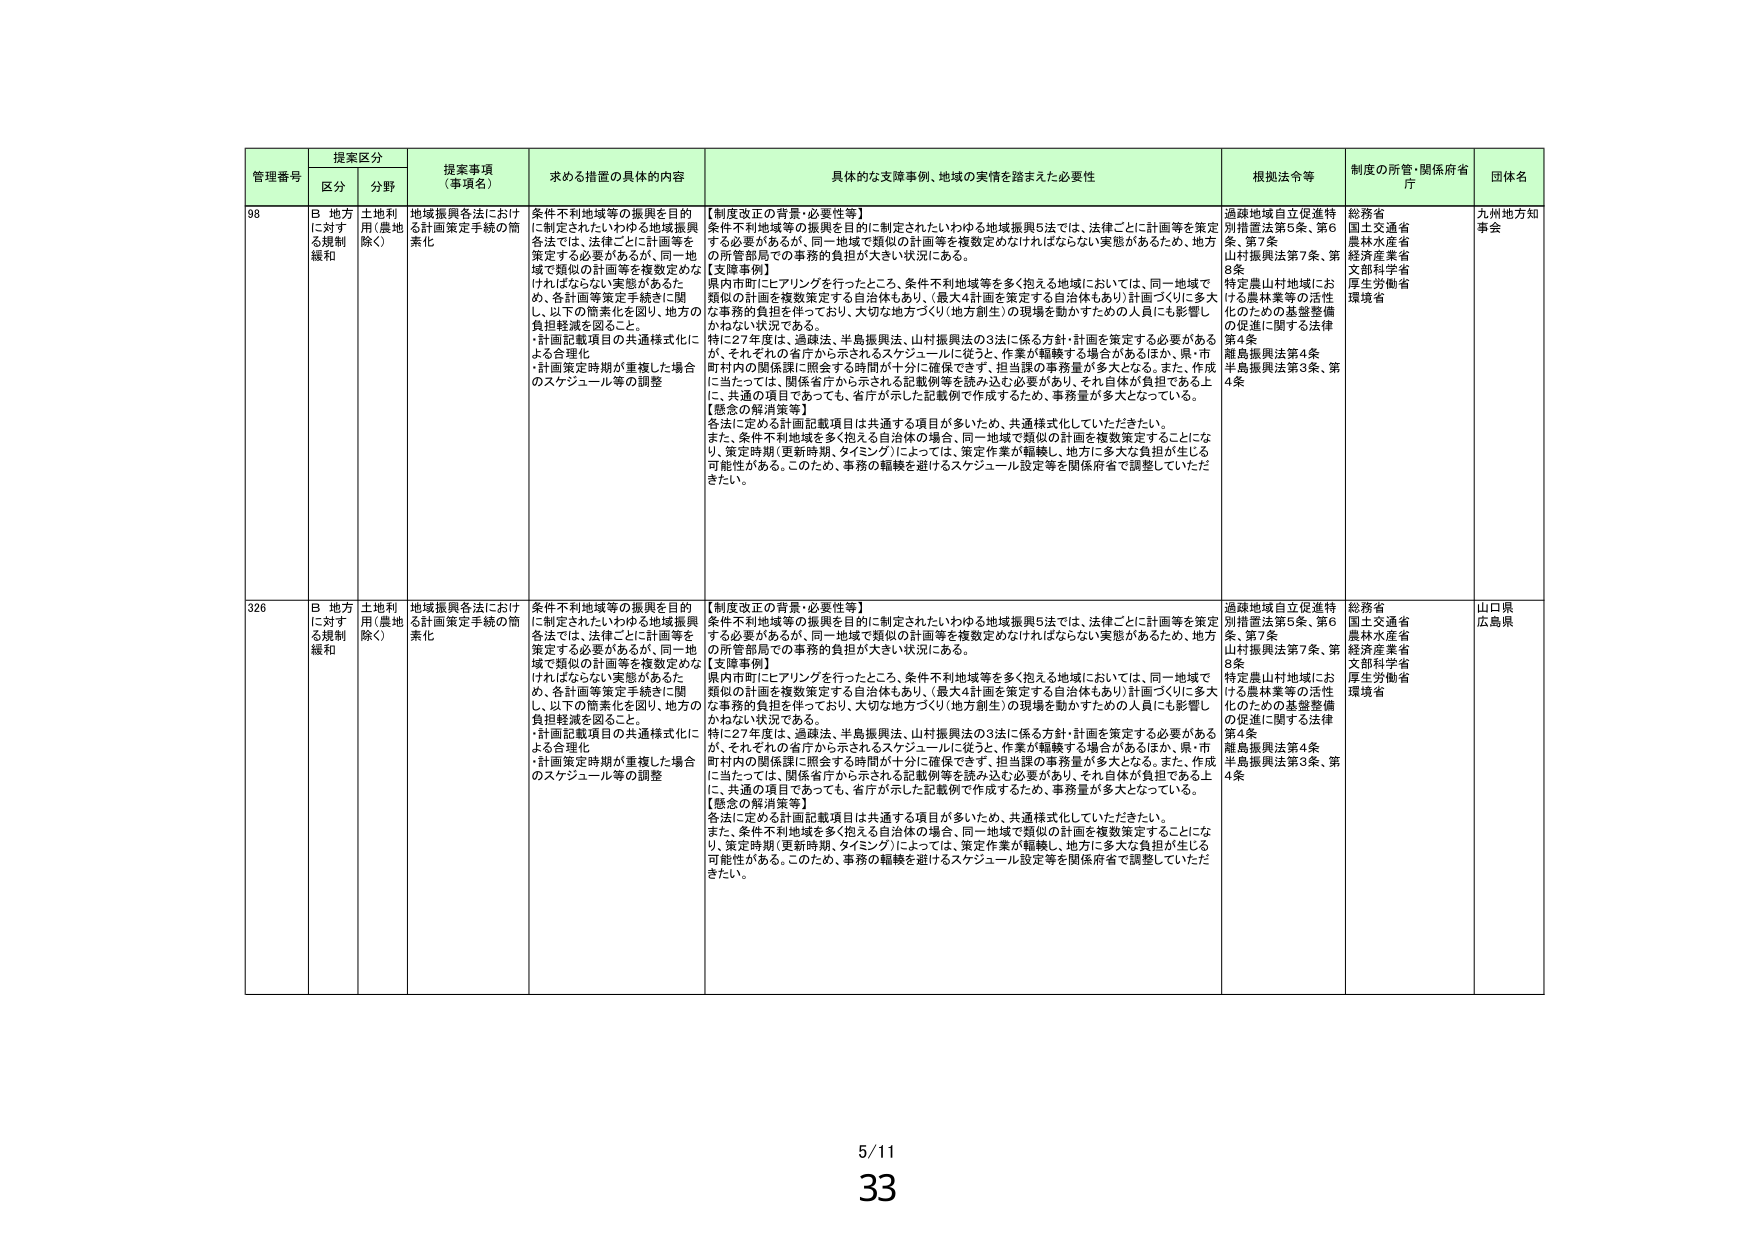
管理番号 提案区分 提案事項（事項名） 求める措置の具体的内容 具体的な支援事例、地域の実情を踏まえた必要性 根拠法令等 制度の所管・関係府省庁 団体名
区分 分野
98 B 地方に対する規制緩和 土地利用（農地除く） 地域振興各法における計画策定手続の簡素化 条件不利地域等の振興を目的に制定されたいわゆる地域振興各法では、法律ごとに計画等を策定する必要があるが、同一地域で類似の計画等を複数定めなければならない実態があるため、各計画等策定手続きに関し、以下の簡素化を図り、地方の負担軽減を図ること。
・計画記載項目の共通様式化による合理化
・計画策定期間が重複した場合のスケジュール等の調整 【制度改正の背景・必要性等】
条件不利地域等の振興を目的に制定されたいわゆる地域振興5法では、法律ごとに計画等を策定する必要があるが、同一地域で類似の計画等を複数定めなければならない実態があるため、地方の所管部局での事務的負担が大きい状況にある。
【支援事例】
県内市町にヒアリングを行ったところ、条件不利地域等を多く抱える地域においては、同一地域で類似の計画を複数策定する自治体もあり、（最大4計画を策定する自治体もあり）計画づくりに多大な事務的負担を伴っており、大切な地方づくり（地方創生）の現場を動かすための人員にも影響しかねない状況である。
特に27年度は、過疎法、半島振興法、山村振興法の3法に係る方針・計画を策定する必要があるが、それぞれの省庁から示されるスケジュールに従うと、作業が齟齬する場合があるほか、県・市町村内の関係課に照会する時間が十分に確保できず、担当課の事務量が多大となる。また、作成に当たっては、関係省庁から示される記載例等を読み込む必要があり、それ自体が負担である上に、共通の項目であっても、省庁が示した記載例で作成するため、事務量が多大となっている。
【懸念の解消策等】
各法に定める計画記載項目は共通する項目が多いため、共通様式化していただきたい。
また、条件不利地域を多く抱える自治体の場合、同一地域で類似の計画を複数策定することになり、策定期間（更新時期、タイミング）によっては、策定作業が齟齬し、地方に多大な負担が生じる可能性がある。このため、事務の齟齬を避けるスケジュール設定等を関係府省で調整していただきたい。 過疎地域自立促進特別措置法第5条、第6条、第7条
山村振興法第7条、第8条
特定農山村地域における農林業等の活性化のための基盤整備の促進に関する法律第4条
離島振興法第4条
半島振興法第3条、第4条 総務省
国土交通省
農林水産省
経済産業省
文部科学省
厚生労働省
環境省 九州地方知事会
326 B 地方に対する規制緩和 土地利用（農地除く） 地域振興各法における計画策定手続の簡素化 条件不利地域等の振興を目的に制定されたいわゆる地域振興各法では、法律ごとに計画等を策定する必要があるが、同一地域で類似の計画等を複数定めなければならない実態があるため、各計画等策定手続きに関し、以下の簡素化を図り、地方の負担軽減を図ること。
・計画記載項目の共通様式化による合理化
・計画策定期間が重複した場合のスケジュール等の調整 【制度改正の背景・必要性等】
条件不利地域等の振興を目的に制定されたいわゆる地域振興5法では、法律ごとに計画等を策定する必要があるが、同一地域で類似の計画等を複数定めなければならない実態があるため、地方の所管部局での事務的負担が大きい状況にある。
【支援事例】
県内市町にヒアリングを行ったところ、条件不利地域等を多く抱える地域においては、同一地域で類似の計画を複数策定する自治体もあり、（最大4計画を策定する自治体もあり）計画づくりに多大な事務的負担を伴っており、大切な地方づくり（地方創生）の現場を動かすための人員にも影響しかねない状況である。
特に27年度は、過疎法、半島振興法、山村振興法の3法に係る方針・計画を策定する必要があるが、それぞれの省庁から示されるスケジュールに従うと、作業が齟齬する場合があるほか、県・市町村内の関係課に照会する時間が十分に確保できず、担当課の事務量が多大となる。また、作成に当たっては、関係省庁から示される記載例等を読み込む必要があり、それ自体が負担である上に、共通の項目であっても、省庁が示した記載例で作成するため、事務量が多大となっている。
【懸念の解消策等】
各法に定める計画記載項目は共通する項目が多いため、共通様式化していただきたい。
また、条件不利地域を多く抱える自治体の場合、同一地域で類似の計画を複数策定することになり、策定期間（更新時期、タイミング）によっては、策定作業が齟齬し、地方に多大な負担が生じる可能性がある。このため、事務の齟齬を避けるスケジュール設定等を関係府省で調整していただきたい。 過疎地域自立促進特別措置法第5条、第6条、第7条
山村振興法第7条、第8条
特定農山村地域における農林業等の活性化のための基盤整備の促進に関する法律第4条
離島振興法第4条
半島振興法第3条、第4条 総務省
国土交通省
農林水産省
経済産業省
文部科学省
厚生労働省
環境省 山口県
広島県
5/11
33